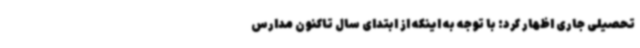
تحصیلی جاری اظهار کرد: با توجه به اینکه از ابتدای سال تاکنون مدارس